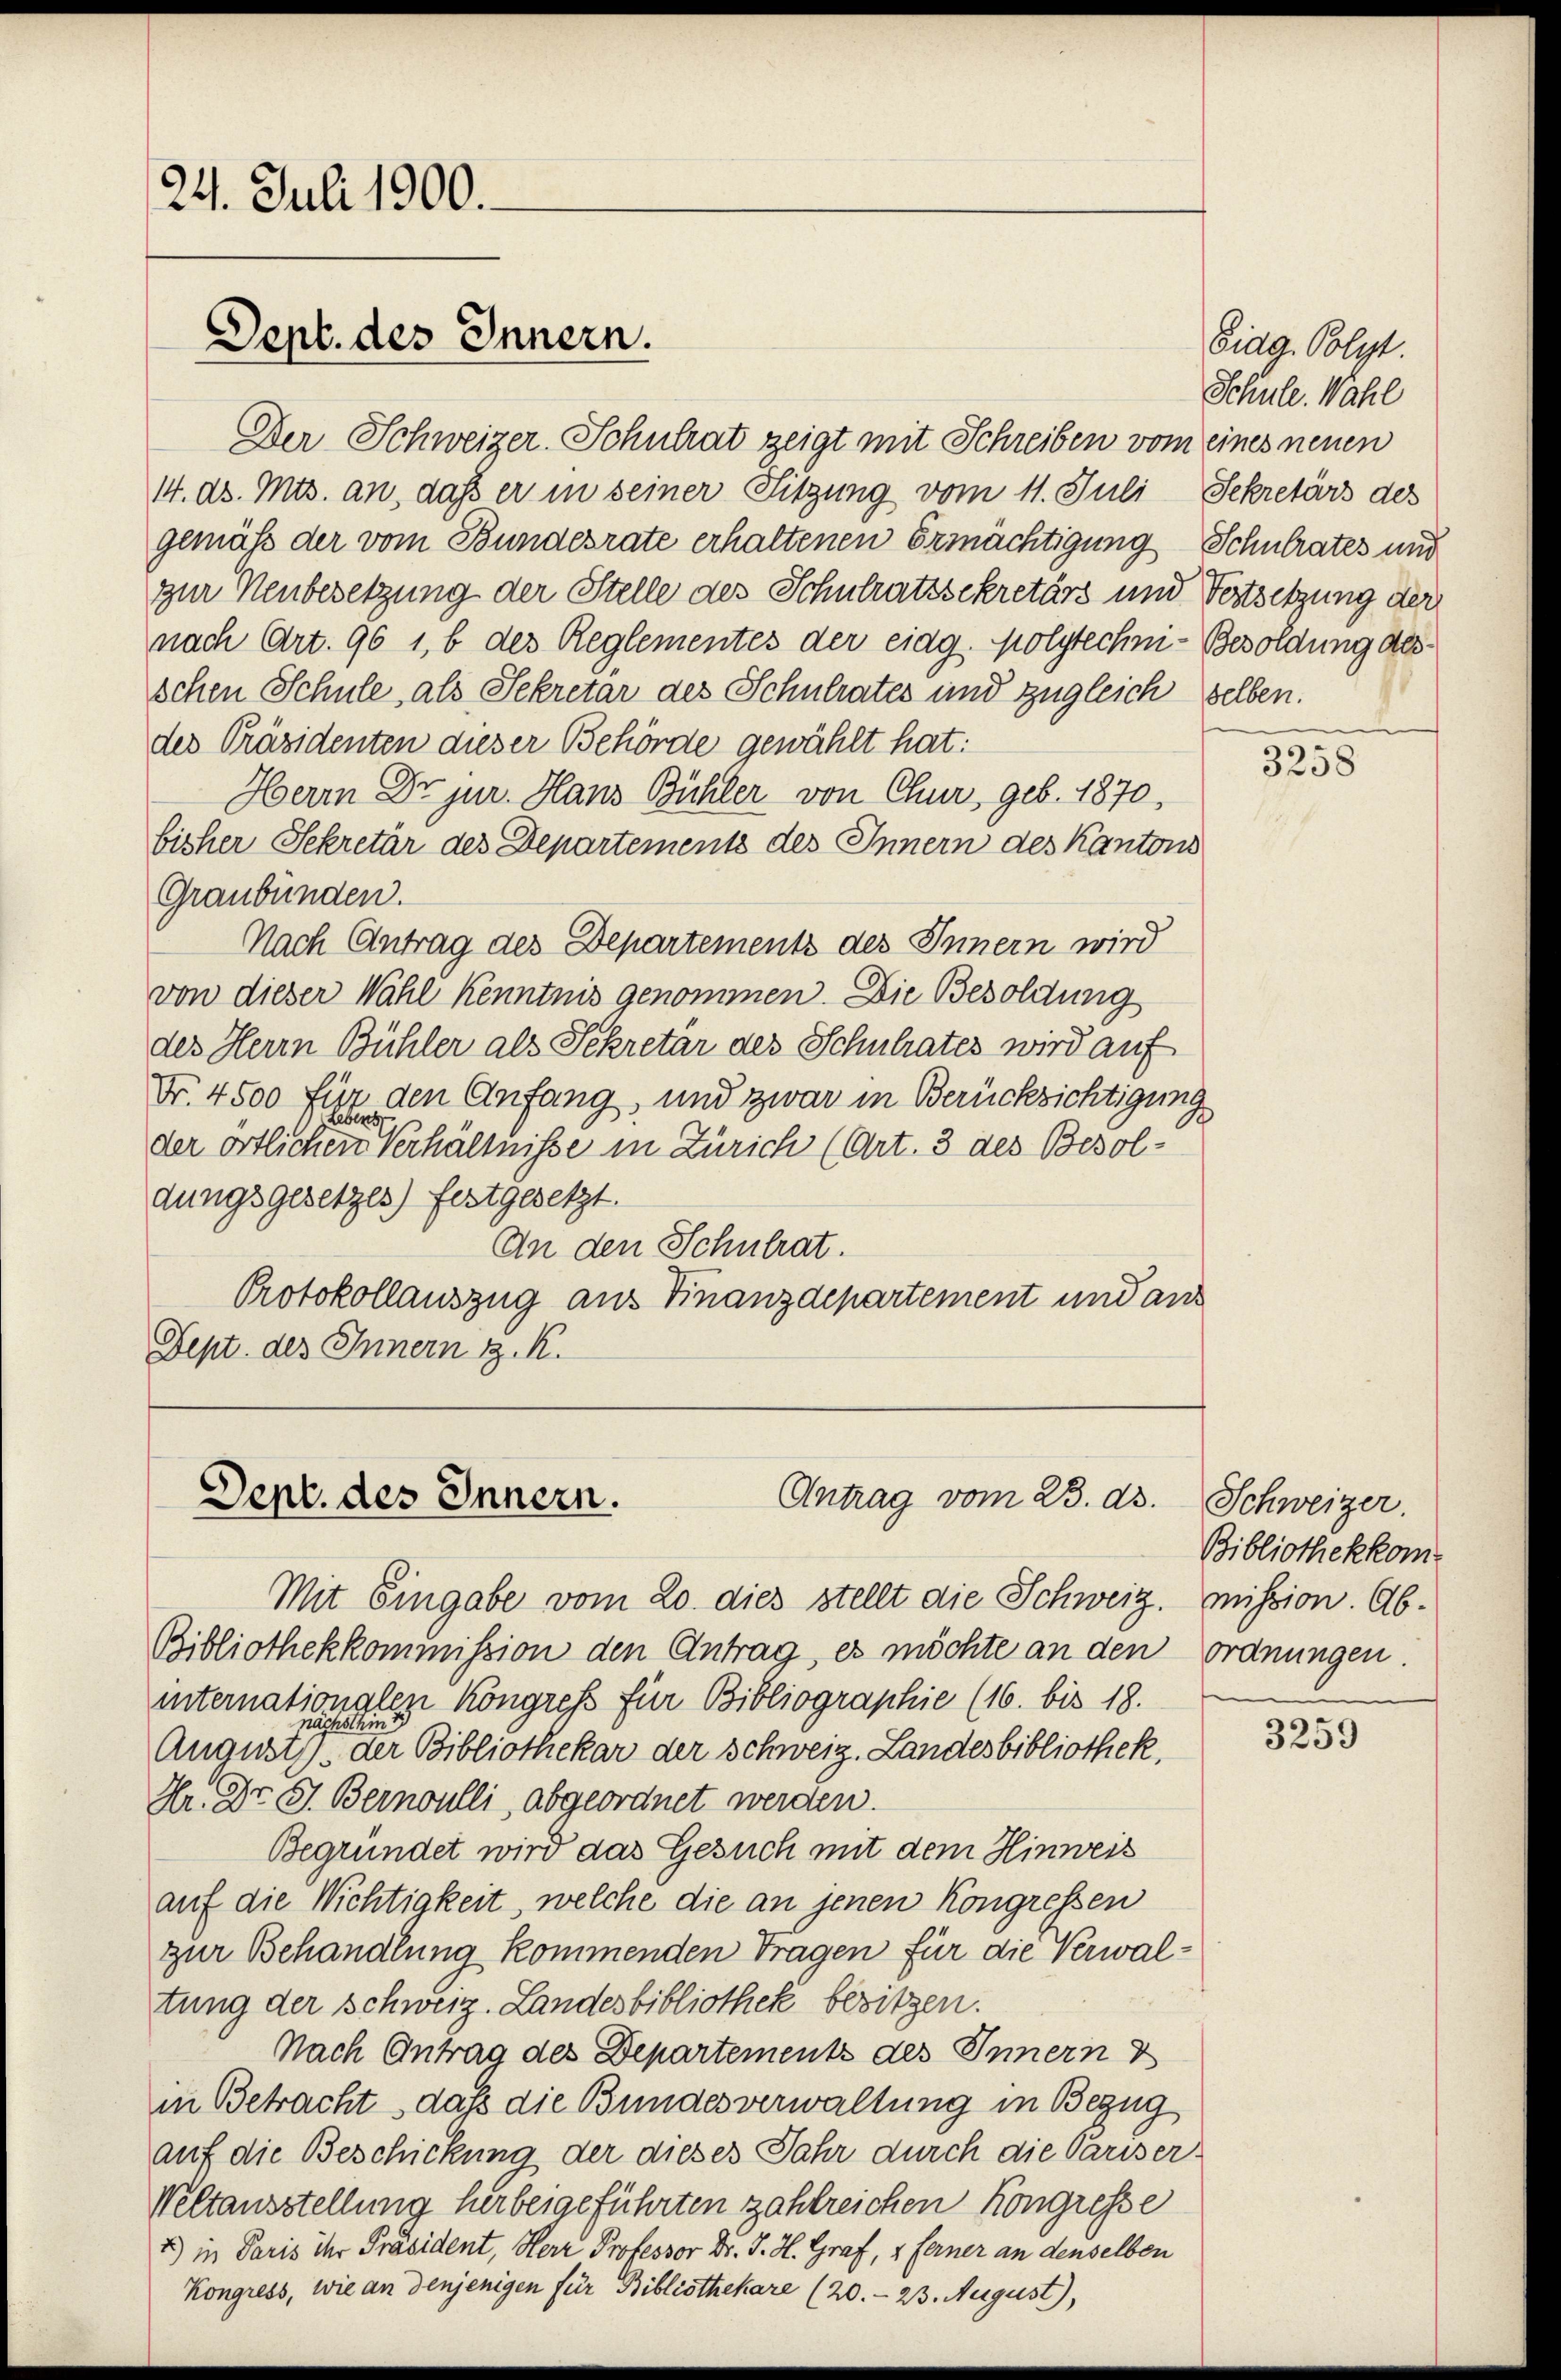
24. Juli 1900.
Dept. des Innern.

Der Schweizer-Schulrat zeigt mit Schreiben vom eines neuen
14. ds. Mts. an, daß er in seiner Sitzung vom 11. Juli Sekretärs des
gemäß der vom Bundesrate erhaltenen Ermächtigung Schulrates und
zur Neubesetzung der Stelle des Schulratssekretärs und Vortsetzung der
nach Art. 96 1, 6 des Reglementes der eidg. Molytechni- Besoldung des
schen Schule, als Sekretär des Schulrates und zugleich selben.
des Präsidenten dieser Behörde gewählt hat:
Herrn Dr jur. Hans Bühler von Chur, geb. 1870,
bisher Sekretär des Departements des Innern des Kantons
Graubünden.
Nach Antrag des Departements des Innern wird
von dieser Wahl kenntnis genommen. Die Besoldung
des Herrn Bühler als Sekretär des Schulrates wird auf
Nr. 4500 für den Anfang, und zwar in Berücksichtigung
der örtlichen Verhältnisse in Zürich (Art. 3 des Besoldungsgesetzes) festgesetzt.
An den Schulrat.
Protokollauszug aus Finanzdepartement und ans
Dept. des Innern z. K.

Antrag vom 23. ds.
Dept. des Innern.

Mit Eingabe vom 20. dies stellt die Schweiz. Mission. Ab¬
Bibliothekkommission den Antrag, es möchte an den ordnungen
internationglezi Köngress für Bibliographie (16. bis 18.
August, der Bibliothekar der Schweiz. Landesbibliothek,
Hr. Dr. G. Bernoulli, abgeordnet werden.
Begründet wird das Gesuch mit dem Hinweis
auf die Nichtigkeit, welche die an jenen Kongressen
zur Behandlung kommenden Tragen für die Verwaltung der Schweiz. Landesbibliothek besitzen.
Nach Antrag des Departements des Innern d
in Betracht, daß die Bundesverwaltung in Bezug
auf die Beschickung der dieses Jahr durch die Pariser.
Weltausstellung herbeigeführten zahlreichen Kongresse
2) in Paris ihr Präsident, Herr Professor Dr. J. H. Graf, 2. Ferner an denselben
Kongress, wie an denjenigen für Bibliothekare (20. 23. August),

Sidg. Polyt.
Schule. Wahl
g

3258

Schweizer.
Bibliothekkom

3259